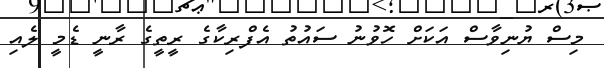
މިސް ޔުނިވާސް އަކަށް ހޮވުނު ސައުތު އެފްރިކާގެ ރީތީގެ ރާނީ ޑެމީ ލެއި